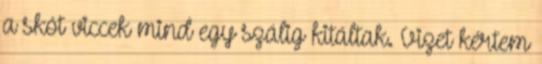
a skót viccek mind egy szálig kitáltak. Vizet kértem